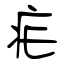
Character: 疟